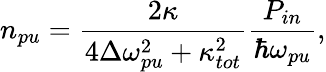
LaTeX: n_{pu}=\frac{2\kappa}{4\Delta\omega_{pu}^{2}+\kappa_{tot}^{2}}\frac{P_{in}}{\hbar\omega_{pu}},